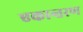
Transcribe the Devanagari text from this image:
एकान्तरण